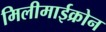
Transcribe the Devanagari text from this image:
मिलीमाईक्रोन